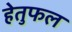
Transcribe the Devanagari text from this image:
हेतुफल